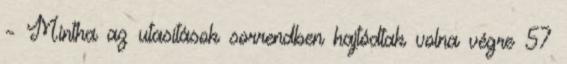
– Mintha az utasítások sorrendben hajtódtak volna végre 57